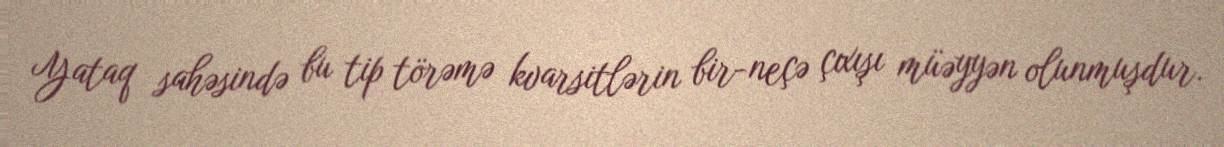
Yataq sahəsində bu tip törəmə kvarsitlərin bir-neçə çıxışı müəyyən olunmuşdur.